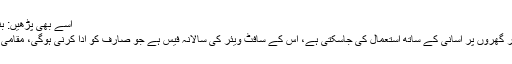
اسے بھی پڑھیں: بنکاک میں مریضوں کی دیکھ بھال کیلئے روبوٹ نرسیں متعارف
نوجوانوں کے مطابق اسمارٹ وچ ایپ اسپتالوں، نرسنگ ہومز اور گھروں پر آسانی کے ساتھ استعمال کی جاسکتی ہے، اس کے سافٹ ویئر کی سالانہ فیس ہے جو صارف کو ادا کرنی ہوگی، مقامی سطح پر ایپ کی تیاری میں 2 سے ڈھائی لاکھ روپے لاگت آئی۔